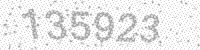
Solution: 135923